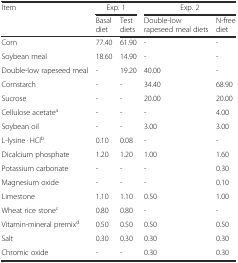
<table><thead><tr><td rowspan="2"><b>Item</b></td><td colspan="2"><b>Exp. 1</b></td><td colspan="2"><b>Exp. 2</b></td></tr><tr><td><b>Basal diet</b></td><td><b>Test diets</b></td><td><b>Double-low rapeseed meal diets</b></td><td><b>N-free diet</b></td></tr></thead><tbody><tr><td>Corn</td><td>77.40</td><td>61.90</td><td>-</td><td>-</td></tr><tr><td>Soybean meal</td><td>18.60</td><td>14.90</td><td>-</td><td>-</td></tr><tr><td>Double-low rapeseed meal</td><td>-</td><td>19.20</td><td>40.00</td><td>-</td></tr><tr><td>Cornstarch</td><td>-</td><td>-</td><td>34.40</td><td>68.90</td></tr><tr><td>Sucrose</td><td>-</td><td>-</td><td>20.00</td><td>20.00</td></tr><tr><td>Cellulose acetate<sup>a</sup></td><td>-</td><td>-</td><td>-</td><td>4.00</td></tr><tr><td>Soybean oil</td><td>-</td><td>-</td><td>3.00</td><td>3.00</td></tr><tr><td>L-lysine · HCl<sup>b</sup></td><td>0.10</td><td>0.08</td><td>-</td><td>-</td></tr><tr><td>Dicalcium phosphate</td><td>1.20</td><td>1.20</td><td>1.00</td><td>1.60</td></tr><tr><td>Potassium carbonate</td><td>-</td><td>-</td><td>-</td><td>0.30</td></tr><tr><td>Magnesium oxide</td><td>-</td><td>-</td><td>-</td><td>0.10</td></tr><tr><td>Limestone</td><td>1.10</td><td>1.10</td><td>0.50</td><td>1.00</td></tr><tr><td>Wheat rice stone<sup>c</sup></td><td>0.80</td><td>0.80</td><td>-</td><td>-</td></tr><tr><td>Vitamin-mineral premix<sup>d</sup></td><td>0.50</td><td>0.50</td><td>0.50</td><td>0.50</td></tr><tr><td>Salt</td><td>0.30</td><td>0.30</td><td>0.30</td><td>0.30</td></tr><tr><td>Chromic oxide</td><td>-</td><td>-</td><td>0.30</td><td>0.30</td></tr></tbody></table>